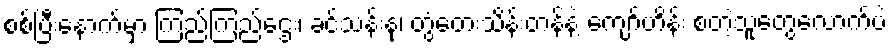
စစ်ပြီးနောက်မှာ ကြည်ကြည်ဌေး၊ ခင်သန်းနု၊ တွံတေးသိန်းတန်နဲ့ ကျော်ဟိန်း စတဲ့သူတွေလောက်ပဲ